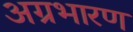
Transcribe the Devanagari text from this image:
अग्रभारण